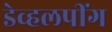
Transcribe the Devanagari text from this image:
डेव्हलपींग